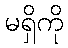
မရှိကို